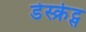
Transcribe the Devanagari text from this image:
डेस्क्रेट्स